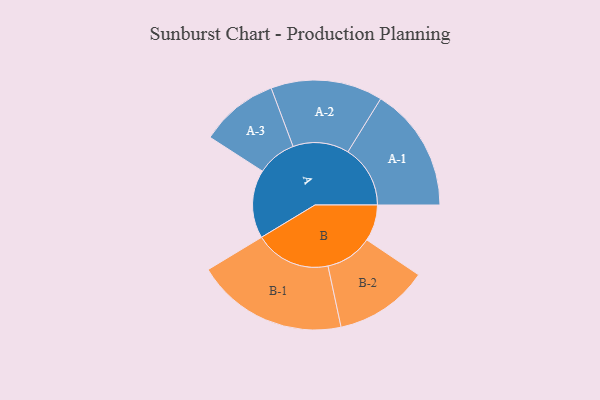
{"axis": {"x": "Segment", "y": "Value"}, "legend": ["", "A", "B"], "data": [{"x": "A", "y": 192, "type": ""}, {"x": "B", "y": 102, "type": ""}, {"x": "A-1", "y": 175, "type": "A"}, {"x": "A-2", "y": 157, "type": "A"}, {"x": "A-3", "y": 110, "type": "A"}, {"x": "B-1", "y": 213, "type": "B"}, {"x": "B-2", "y": 132, "type": "B"}]}